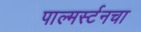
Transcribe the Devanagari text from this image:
पाल्मर्स्टनचा